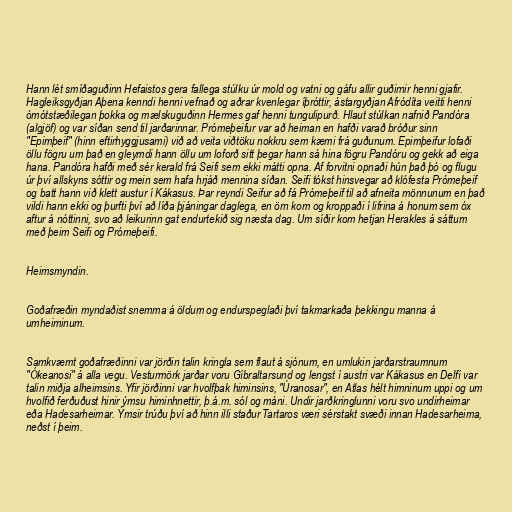
Hann lét smíðaguðinn Hefaistos gera fallega stúlku úr mold og vatni og gáfu allir guðirnir henni gjafir.
Hagleiksgyðjan Aþena kenndi henni vefnað og aðrar kvenlegar íþróttir, ástargyðjan Afródíta veitti henni
ómótstæðilegan þokka og mælskuguðinn Hermes gaf henni tungulipurð. Hlaut stúlkan nafnið Pandóra
(algjöf) og var síðan send til jarðarinnar. Prómeþeifur var að heiman en hafði varað bróður sinn
"Epimþeif" (hinn eftirhyggjusami) við að veita viðtöku nokkru sem kæmi frá guðunum. Epimþeifur lofaði
öllu fögru um það en gleymdi hann öllu um loforð sitt þegar hann sá hina fögru Pandóru og gekk að eiga
hana. Pandóra hafði með sér kerald frá Seifi sem ekki mátti opna. Af forvitni opnaði hún það þó og flugu
úr því allskyns sóttir og mein sem hafa hrjáð mennina síðan. Seifi tókst hinsvegar að klófesta Prómeþeif
og batt hann við klett austur í Kákasus. Þar reyndi Seifur að fá Prómeþeif til að afneita mönnunum en það
vildi hann ekki og þurfti því að líða þjáningar daglega, en örn kom og kroppaði í lifrina á honum sem óx
aftur á nóttinni, svo að leikurinn gat endurtekið sig næsta dag. Um síðir kom hetjan Herakles á sáttum
með þeim Seifi og Prómeþeifi.

Heimsmyndin.

Goðafræðin myndaðist snemma á öldum og endurspeglaði því takmarkaða þekkingu manna á
umheiminum.

Samkvæmt goðafræðinni var jörðin talin kringla sem flaut á sjónum, en umlukin jarðarstraumnum
"Ókeanosi" á alla vegu. Vesturmörk jarðar voru Gíbraltarsund og lengst í austri var Kákasus en Delfí var
talin miðja alheimsins. Yfir jörðinni var hvolfþak himinsins, "Úranosar", en Atlas hélt himninum uppi og um
hvolfið ferðuðust hinir ýmsu himinhnettir, þ.á.m. sól og máni. Undir jarðkringlunni voru svo undirheimar
eða Hadesarheimar. Ýmsir trúðu því að hinn illi staður Tartaros væri sérstakt svæði innan Hadesarheima,
neðst í þeim.